Indian journal of veterinary science and animal husbandry - Volume 10,
Year: 1940
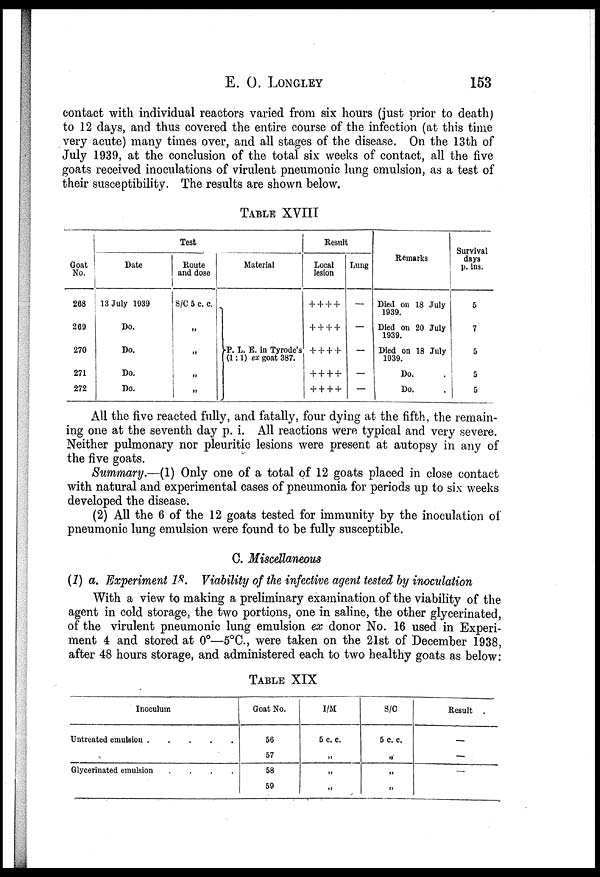
E. O. LONGLEY 153
contact with individual reactors varied from six hours (just prior to death)
to 12 days, and thus covered the entire course of the infection (at this time
very acute) many times over, and all stages of the disease. On the 13th of
July 1939, at the conclusion of the total six weeks of contact, all the five
goats received inoculations of virulent pneumonic lung emulsion, as a test of
their susceptibility. The results are shown below.
TABLE XVIII
Goat
No.
268
269
270
271
272
Test
Date
13 July 1939
Do.
Do.
Do.
Do.
Route
and dose
S/C 5 c. c.
„
„
„
„
Material
}P. L. E. in Tyrode'a
(1:1) ex goat 387.
Result
Local
lesion
+ + + +
+ + + +
+ + + +
+ + + +
+ + + +
Lung
—
—
—
—
—
Remarks
Died on 18 July
1939.
Died on 20 July
1939.
Died on 18 July
1939.
Do. .
Do. .
Survival
days
p. ins.
5
7
5
5
5
All the five reacted fully, and fatally, four dying at the fifth, the remain-
ing one at the seventh day p. i. All reactions were typical and very severe.
Neither pulmonary nor pleuritic lesions were present at autopsy in any of
the five goats.
Summary.—(1) Only one of a total of 12 goats placed in close contact
with natural and experimental cases of pneumonia for periods up to six weeks
developed the disease.
(2) All the 6 of the 12 goats tested for immunity by the inoculation of
pneumonic lung emulsion were found to be fully susceptible.
C. Miscellaneous
(1) a. Experiment 18. Viability of the infective agent tested by inoculation
With a view to making a preliminary examination of the viability of the
agent in cold storage, the two portions, one in saline, the other glycerinated,
of the virulent pneumonic lung emulsion ex donor No. 16 used in Experi-
ment 4 and stored at 0°—5°C., were taken on the 21st of December 1938,
after 48 hours storage, and administered each to two healthy goats as below:
TABLE XIX
Inoculum
Untreated emulsion . . . . .
Glycerinated emulsion
.
.
.
.
Goat No.
56
57
58
59
I/M
5 c. c.
„
„
„
S/C
5 c. c.
„
„
„
Result .
—
—
—